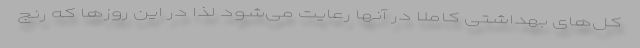
کل‌های بهداشتی کاملا در آنها رعایت می‌شود لذا در این روزها که رنج